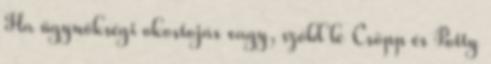
Ha ügynökségi okostojás vagy, szóld le Csöpp és Potty